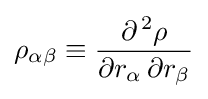
\rho _{\alpha \beta }\equiv {\frac {\partial ^{\,2}\rho }{\partial r_{\alpha }\,\partial r_{\beta }}}